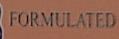
formulated